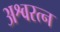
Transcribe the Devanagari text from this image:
अश्वरत्न